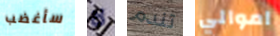
سأغضب لا تندم اموالي